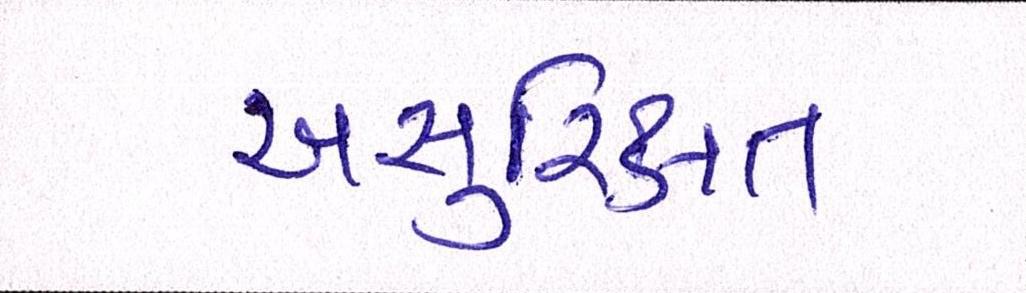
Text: અસુરિક્ષત